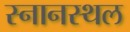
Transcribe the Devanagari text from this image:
स्नानस्थल